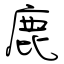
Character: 鹿